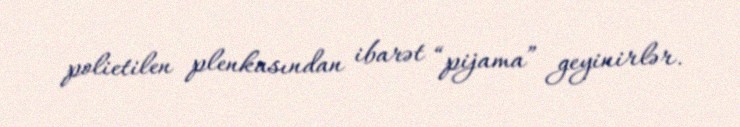
polietilen plenkasından ibarət “pijama” geyinirlər.